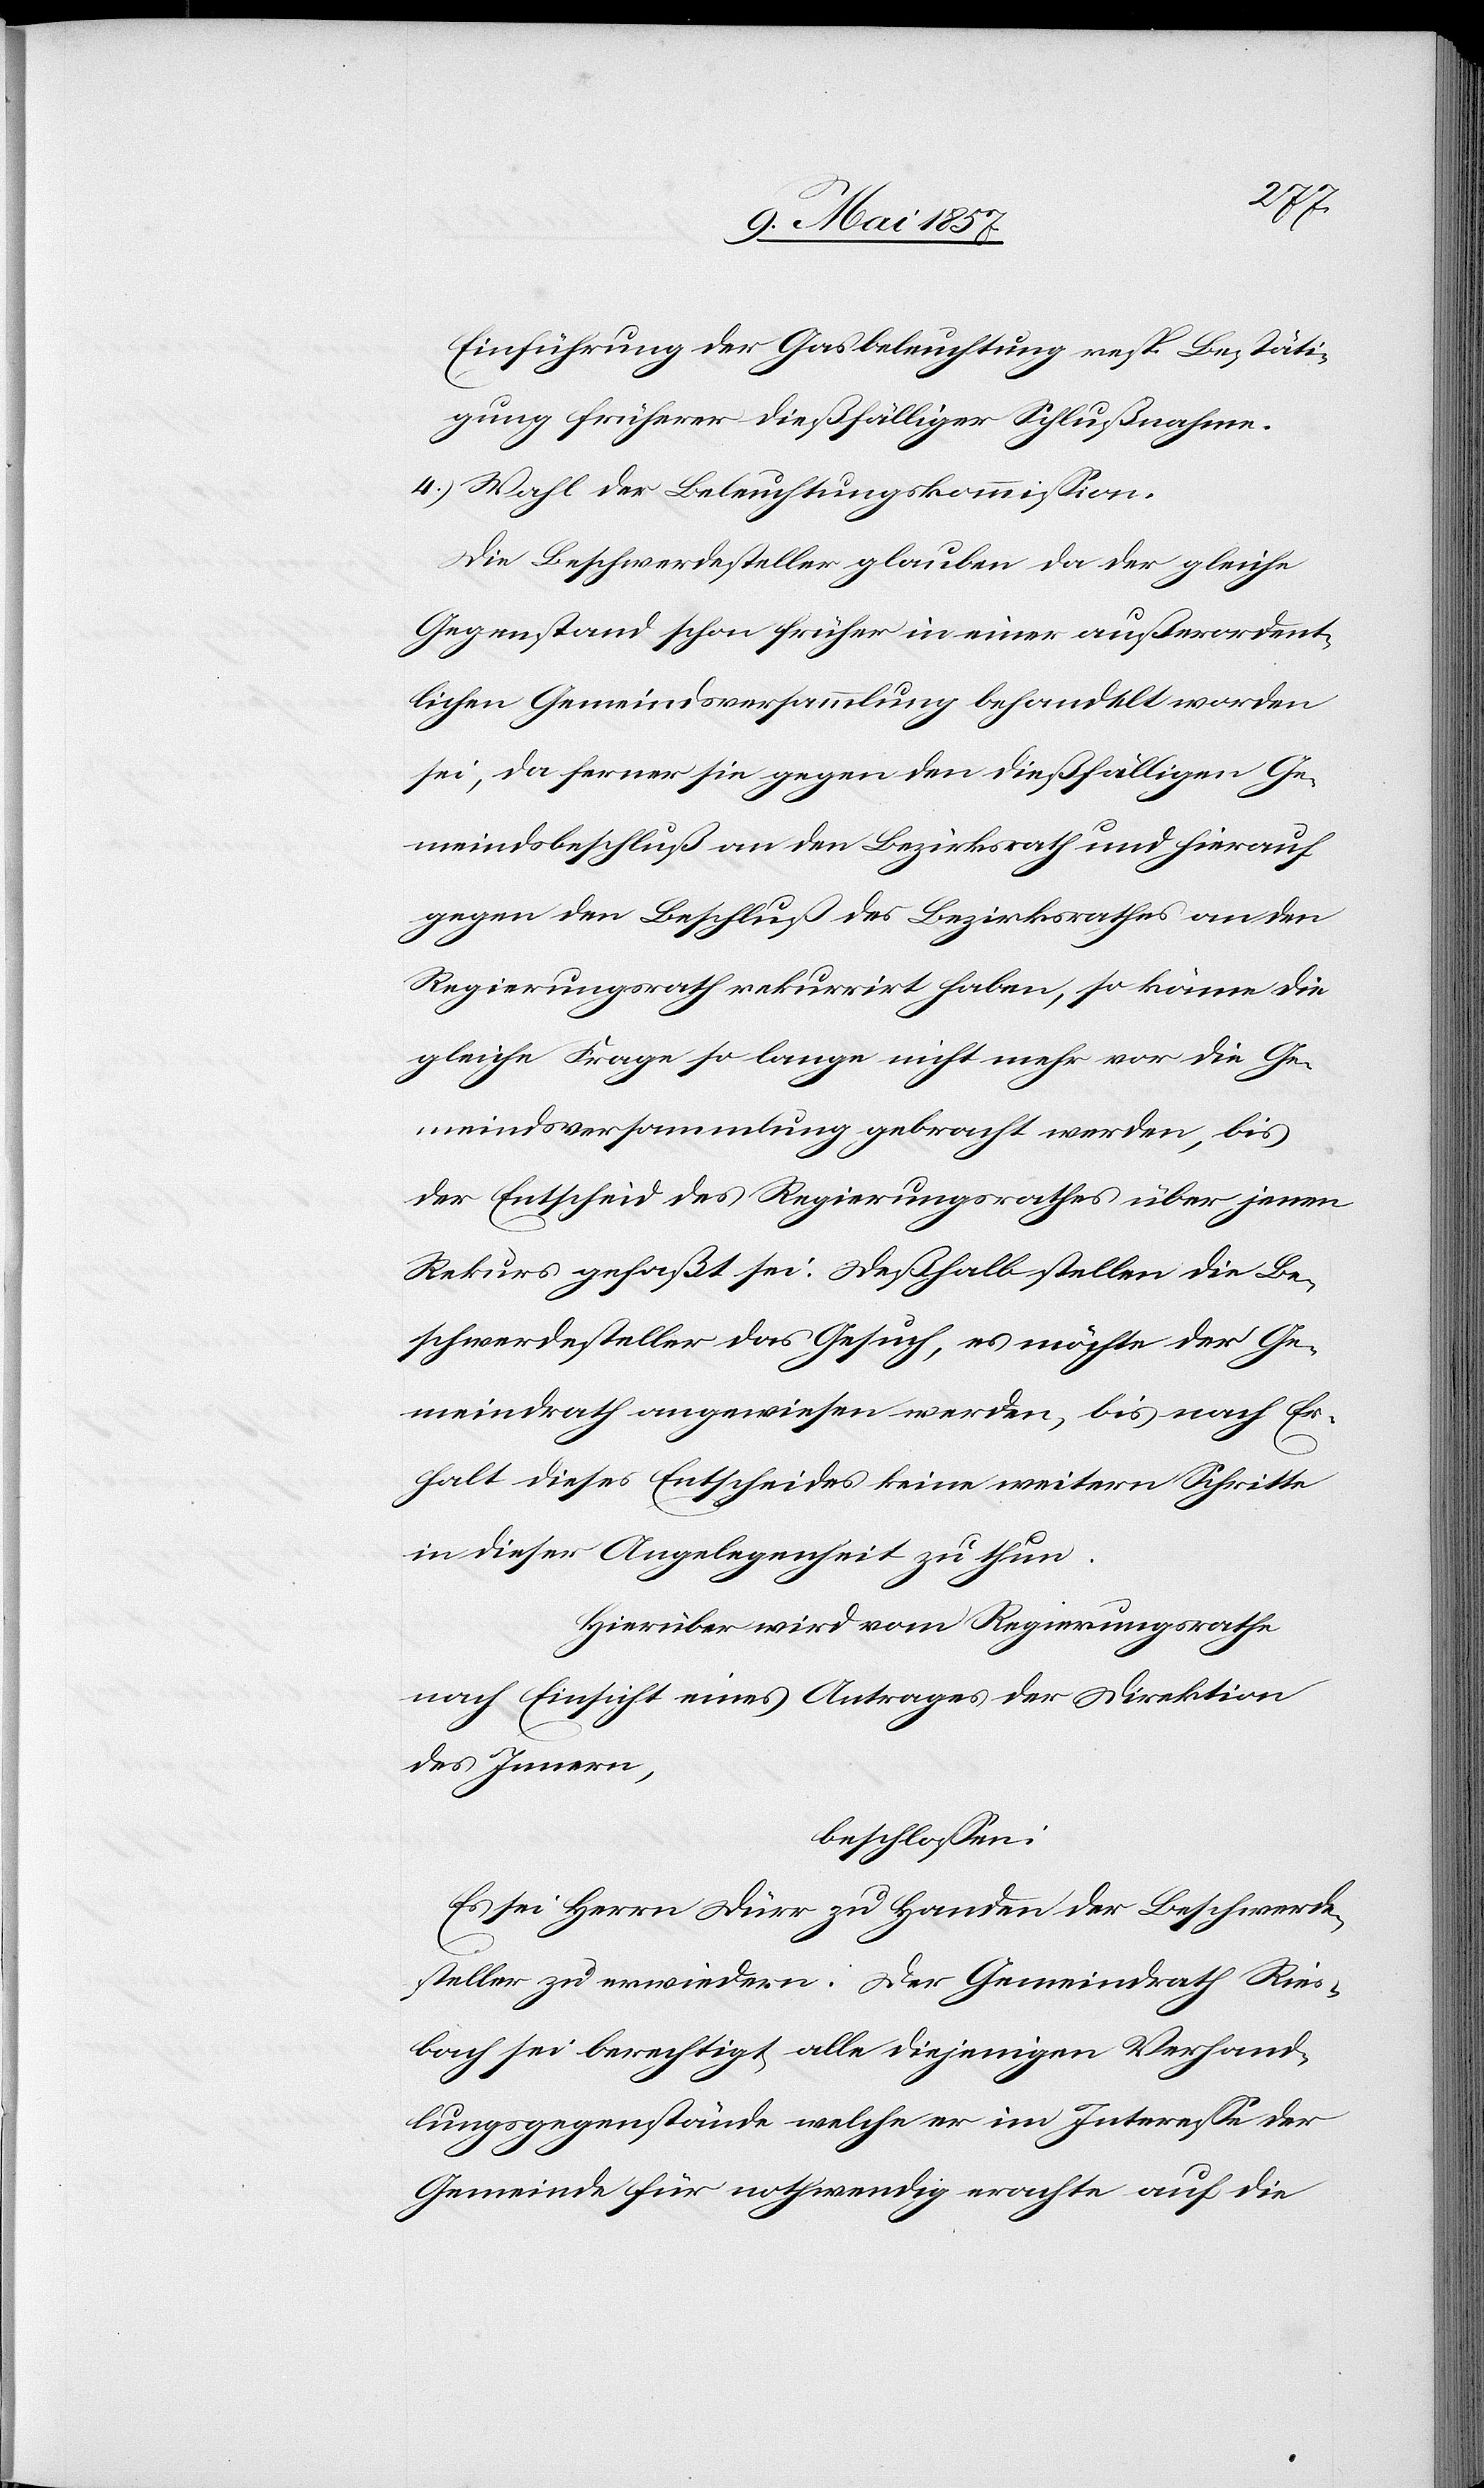
Einführung der Gasbeleuchtung resp. Bestäti¬
gung früherer dießfälliger Schlußnahme.
4.) Wahl der Beleuchtungskommission.
Die Beschwerdesteller glauben da der gleiche
Gegenstand schon früher in einer außerordent¬
lichen Gemeindsversammlung behandelt worden
sei, da ferner sie gegen den dießfälligen Ge¬
meindsbeschluß an den Bezirksrath und hierauf
gegen den Beschluß des Bezirksrathes an den
Regierungsrath rekurrirt haben, so könne die
gleiche Frage so lange nicht mehr vor die Ge¬
meindsversammlung gebracht werden, bis
der Entscheid des Regierungsrathes über jenen
Rekurs gefaßt sei. Deßhalben stellen die Be¬
schwerdesteller das Gesuch, es möchte der Ge¬
meindrath angewiesen werden, bis nach Er¬
halt dieses Entscheides keine weitern Schritte
in dieser Angelegenheit zu thun.
Hierüber wird vom Regierungsrathe
nach Einsicht eines Antrages der Direktion
des Innern,
beschlossen:
Es sei Herrn Dürr zu Handen der Beschwerde¬
steller zu erwiedern: Der Gemeindrath Ries¬
bach sei berechtigt alle diejenigen Verhand¬
lungsgegenstände welche er im Interesse der
Gemeinde für nothwendig erachte auf die